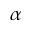
\alpha